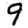
Digit: 9